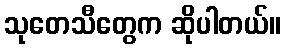
သုတေသီတွေက ဆိုပါတယ်။